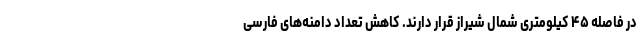
در فاصله ۴۵ کیلومتری شمال شیراز قرار دارند. کاهش تعداد دامنه‌های فارسی